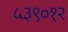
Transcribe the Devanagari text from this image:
५३९०१२